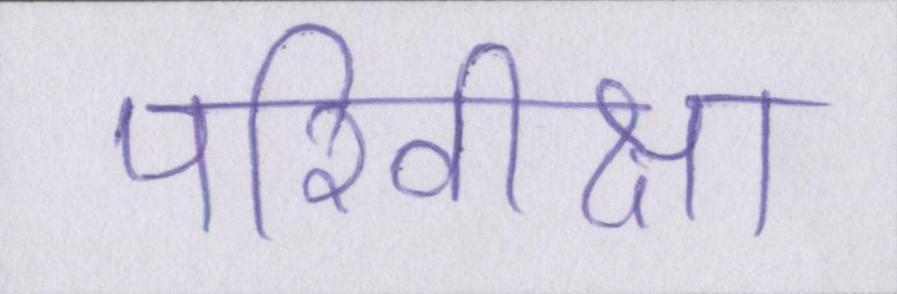
परिवीक्षा